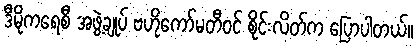
ဒီမိုကရေစီ အဖွဲ့ချုပ် ဗဟိုကော်မတီဝင် စိုင်းလိတ်က ပြောပါတယ်။